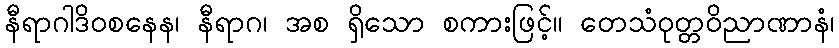
နီရာဂါဒိဝစနေန၊ နီရာဂ၊ အစ ရှိသော စကားဖြင့်။ တေသံဝုတ္တဝိညာဏာနံ၊